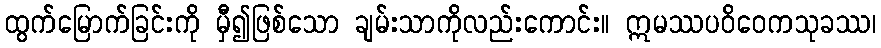
ထွက်မြောက်ခြင်းကို မှီ၍ဖြစ်သော ချမ်းသာကိုလည်းကောင်း။ ဣမဿပဝိဝေကသုခဿ၊